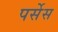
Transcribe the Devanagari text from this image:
पर्सेस